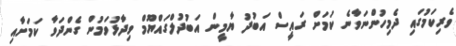
ވެރިކަމުގައި ދެމިހުންނަވާނެ ކަމަށް ރައީސް އަބުދު ޔާމީން އަބުދުލްގައްޔޫމް ވިދާޅުވަމުން ގެންދަވާ ކަމަށާއި